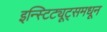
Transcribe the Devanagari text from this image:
इन्स्टिट्यूट्समधून